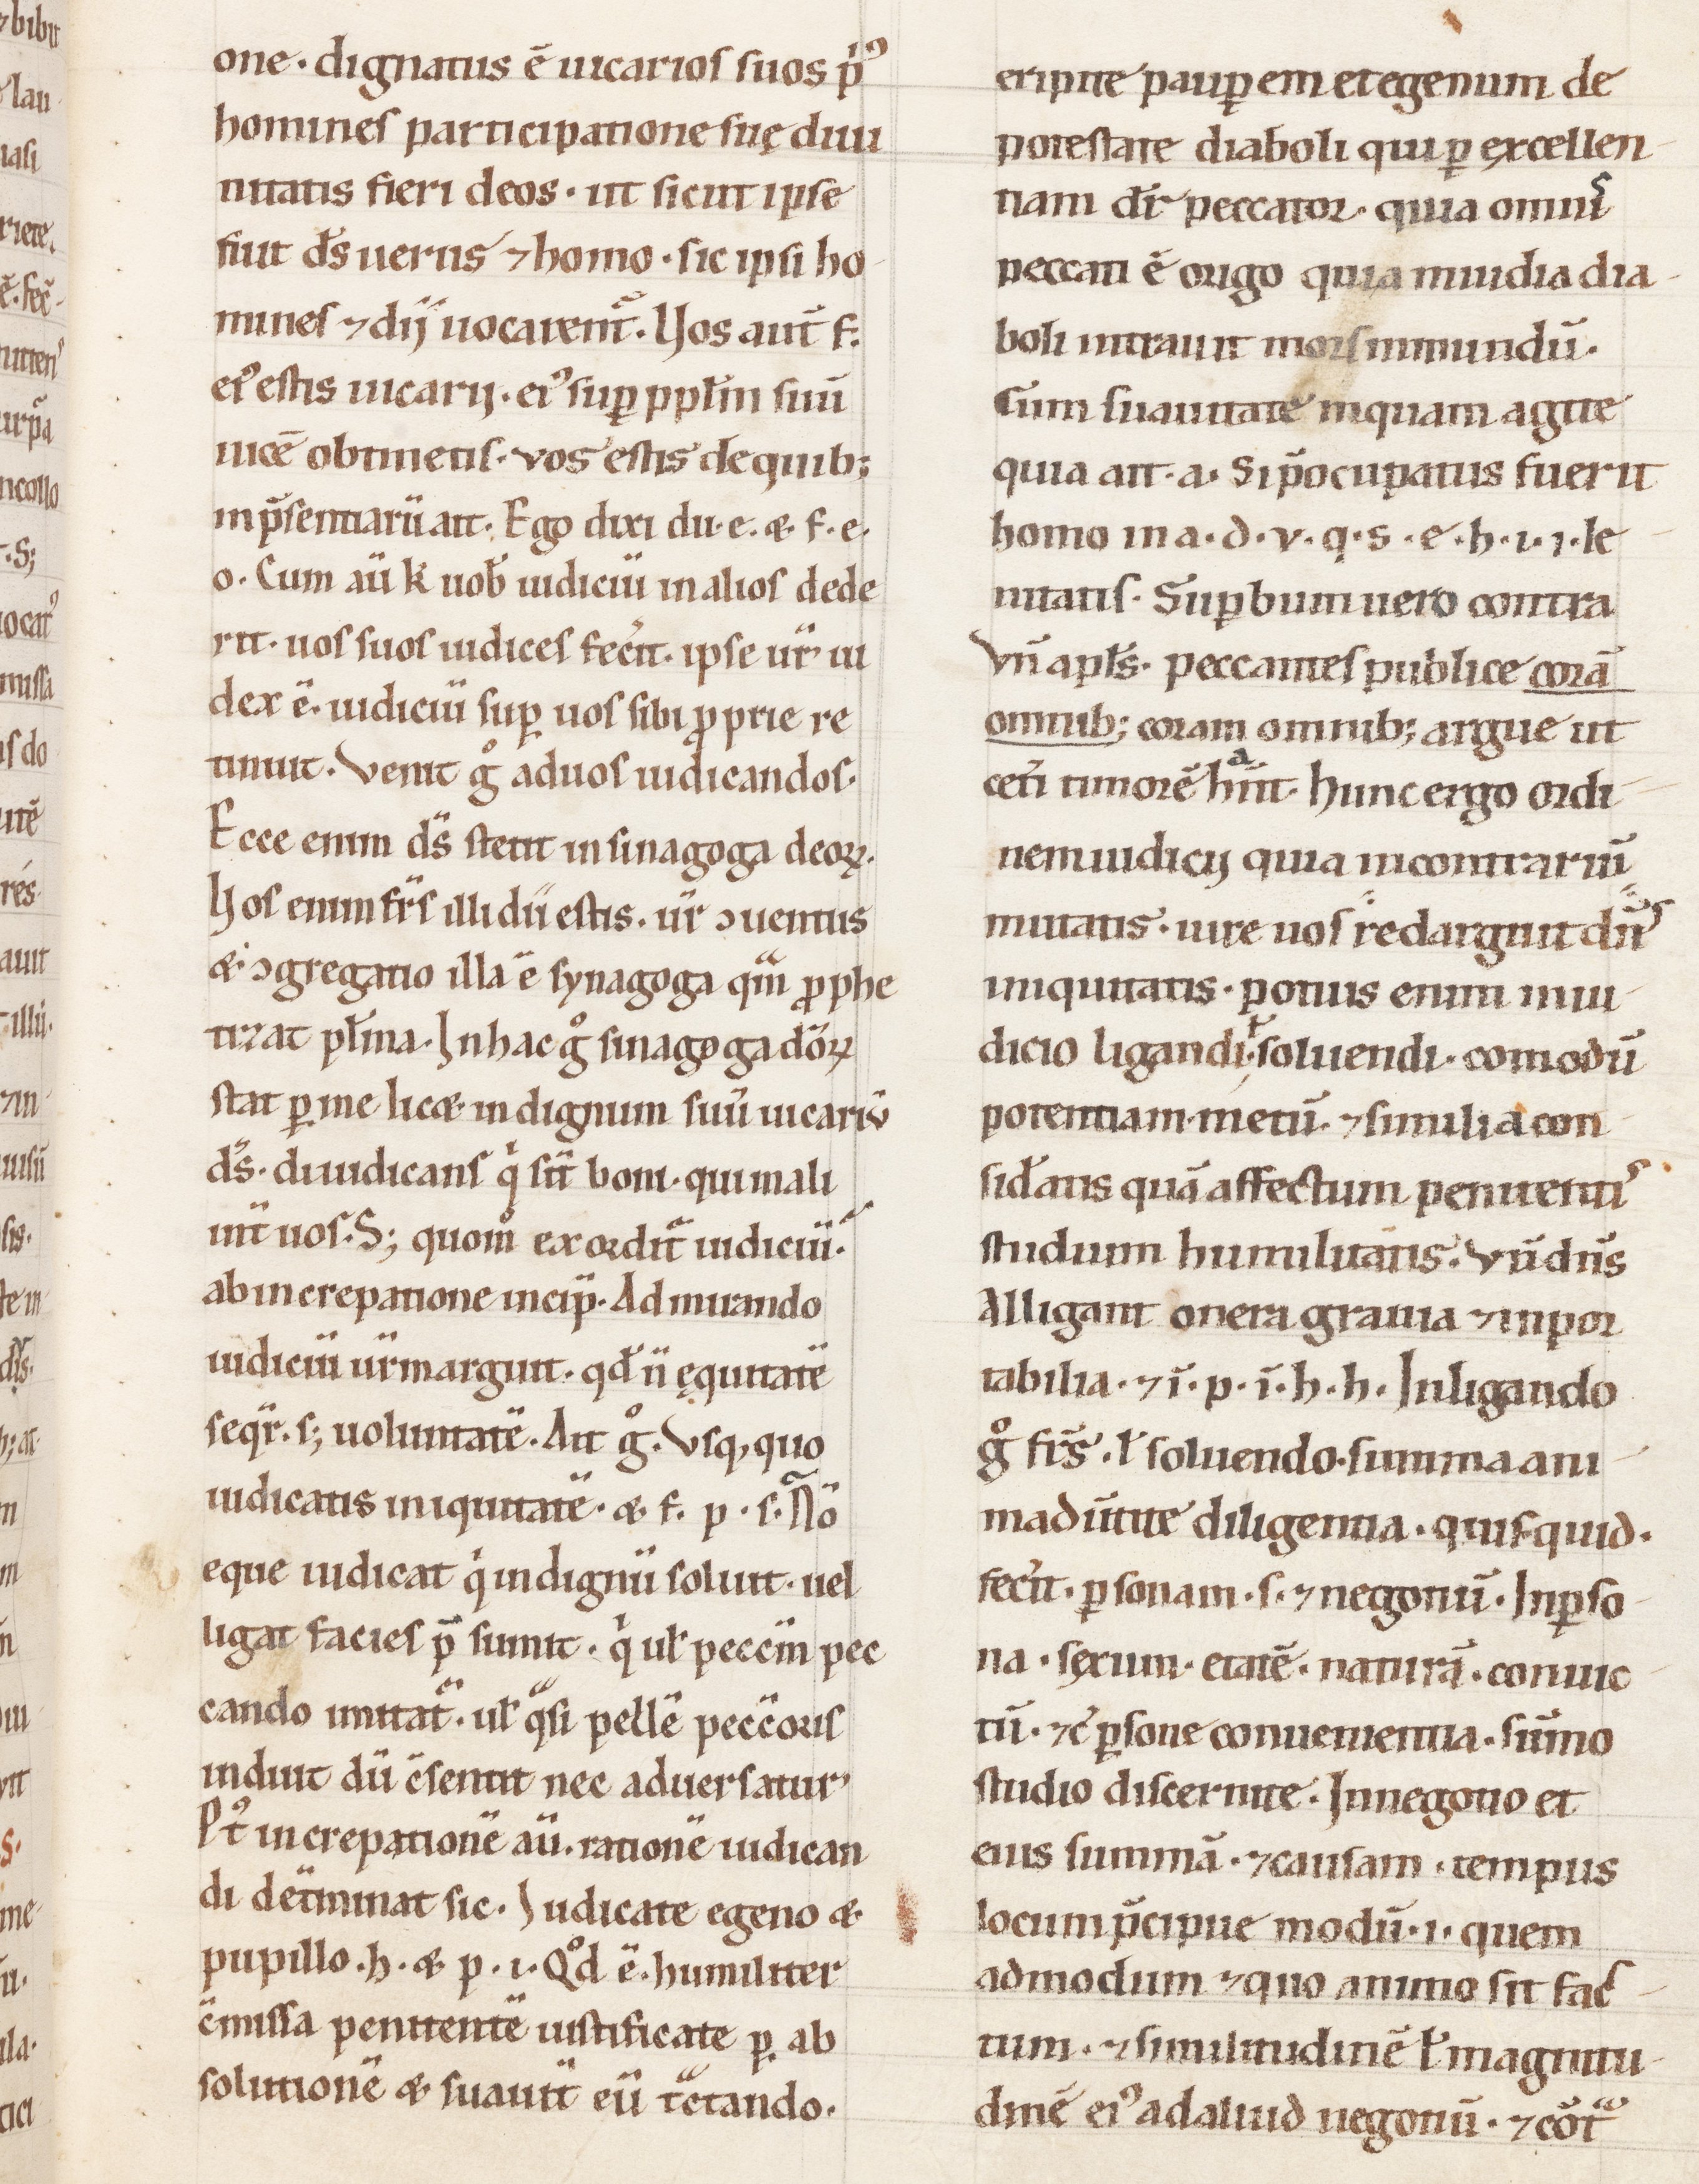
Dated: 1100–1199